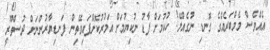
އެއްވެސް މެމްބަރެއްގެ ގޮނޑި ނުގެއްލޭ! ހުކުމަށް ފާޑު ނުކިޔުމަށް އަމުރުކޮށްފައިވޭތިން ފަނޑިޔާރުންނަށް ދުސްތޫރީ